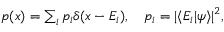
\begin{array} { r } { p ( x ) = \sum _ { i } p _ { i } \delta ( x - E _ { i } ) , \quad p _ { i } = | \langle E _ { i } | \psi \rangle | ^ { 2 } , } \end{array}